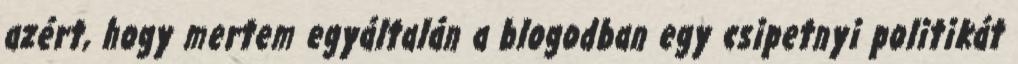
azért, hogy mertem egyáltalán a blogodban egy csipetnyi politikát